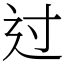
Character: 过